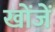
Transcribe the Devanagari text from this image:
खोंजें